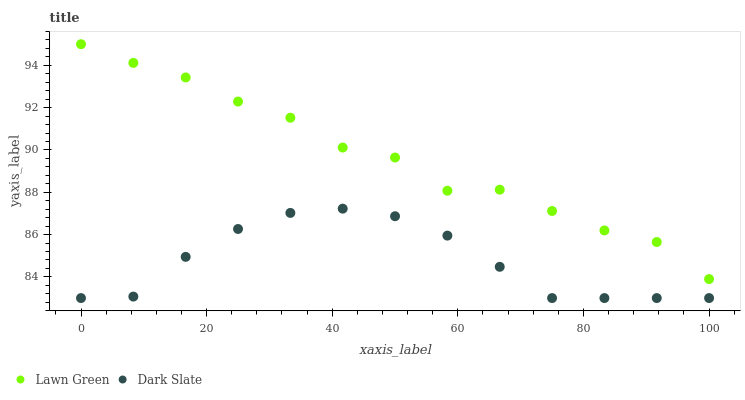
| xaxis_label | Lawn Green | Dark Slate |
 | --- | --- | --- |
 | 0 | 95 | 83 |
 | 8.33 | 94.1 | 83.1 |
 | 16.7 | 93.4 | 84.9 |
 | 25 | 92.3 | 86.3 |
 | 33.3 | 91.5 | 87 |
 | 41.7 | 90.1 | 87.2 |
 | 50 | 89.6 | 86.9 |
 | 58.3 | 88.1 | 86 |
 | 66.7 | 88.1 | 84.5 |
 | 75 | 87.1 | 83 |
 | 83.3 | 86.2 | 83 |
 | 91.7 | 85.6 | 83 |
 | 100 | 83.9 | 83 |